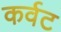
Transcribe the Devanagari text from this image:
कर्वट